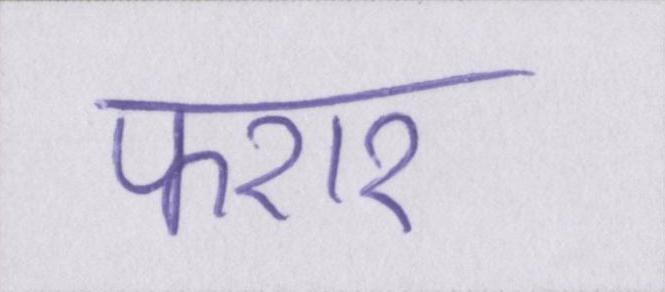
फरार